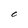
Character: C